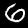
Label: 6